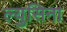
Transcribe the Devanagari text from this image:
ल्युसिना